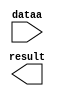
module add_x_num (
	dataa,
	result);

	input	[10:0]  dataa;
	output	[10:0]  result;

endmodule